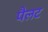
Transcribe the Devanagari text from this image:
पैलट